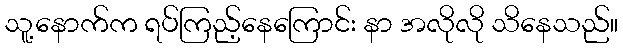
သူ့နောက်က ရပ်ကြည့်နေကြောင်း နာ အလိုလို သိနေသည်။